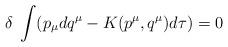
LaTeX: \begin{align*}\delta\;\int(p_{\mu}dq^{\mu}-K(p^{\mu},q^{\mu})d\tau)=0 \end{align*}